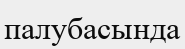
палубасында